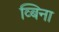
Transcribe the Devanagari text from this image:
व्बिना